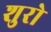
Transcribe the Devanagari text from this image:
शुरो